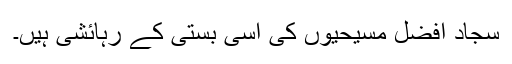
سجاد افضل مسیحیوں کی اِسی بستی کے رہائشی ہیں۔